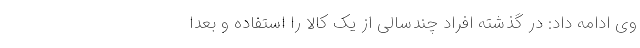
وی ادامه داد: در گذشته افراد چندسالی از یک کالا را استفاده و بعدا